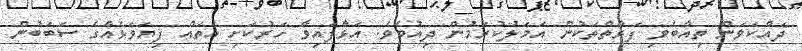
ދައްކަވަން ތިއްބެވި ފަރާތްތަކުން އަމަލުކުރަމުން ދިއުމެވެ. އަޅާފައިވާ ހަރުކަށި އެތައް ފިޔަވަޅެއްގެ ސަބަބުން